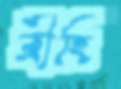
ব্রীহি